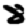
Digit: 8